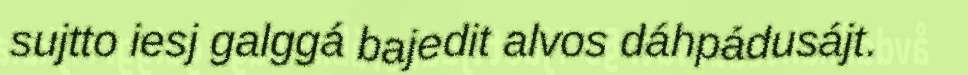
sujtto iesj galggá bajedit alvos dáhpádusájt.